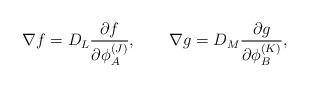
LaTeX: \begin{align*}\nabla f=D_L{{\partial f} \over {\partial \phi_A^{(J)}}}, \qquad \nabla g=D_M{{\partial g} \over{\partial \phi_B^{(K)}}},\end{align*}